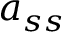
a _ { s s }